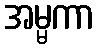
အမ္မကာ